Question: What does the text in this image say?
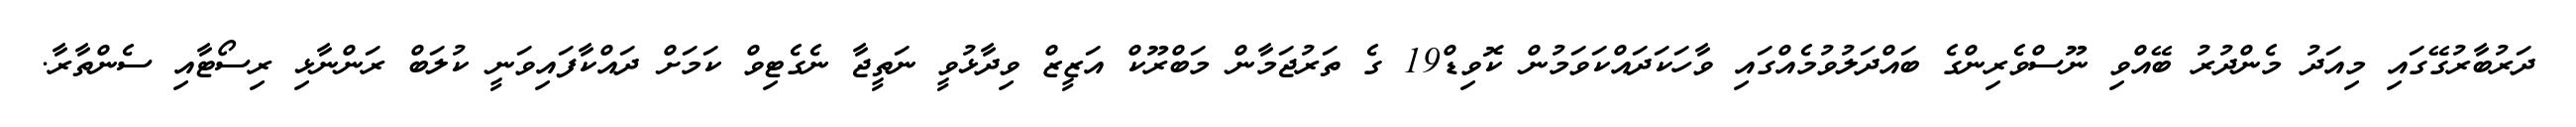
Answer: ދަރުބާރުގޭގައި މިއަދު މެންދުރު ބޭއްވި ނޫސްވެރިންގެ ބައްދަލުވުމެއްގައި ވާހަކަދައްކަވަމުން ކޮވިޑް19 ގެ ތަރުޖަމާން މަބްރޫކް އަޒީޒް ވިދާޅުވީ ނަތީޖާ ނެގެޓިވް ކަމަށް ދައްކާފައިވަނީ ކުލަބް ރަންނާޅި ރިސޯޓާއި ސެންތާރާ.